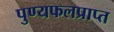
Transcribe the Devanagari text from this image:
पुण्यफलप्राप्त